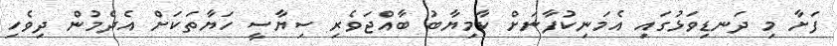
ފަށާ މި ދަނޑިވަޅުގައި އެމަނިކުފާނަށް ކާމިޔާބު ބާއްޖަވެރި ސިޔާސީ ހަޔާތަކަށް އެދެމުން ދިވެހި